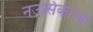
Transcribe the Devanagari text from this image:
नउसिकाआ